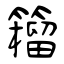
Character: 籕